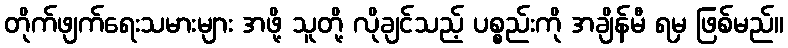
တိုက်ဖျက်ရေးသမားများ အဖို့ သူတို့ လိုချင်သည့် ပစ္စည်းကို အချိန်မီ ရမှ ဖြစ်မည်။